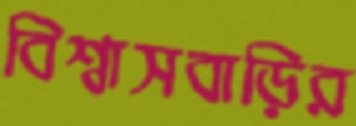
বিশ্বাসবাড়ির